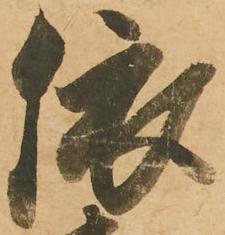
依